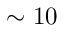
\sim 1 0